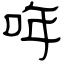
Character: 哖